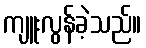
ကျူးလွန်ခဲ့သည်။